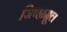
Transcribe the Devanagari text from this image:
जिव्हामूल